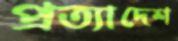
প্রত্যাদেশ